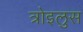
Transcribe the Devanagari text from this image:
त्रोइलुस